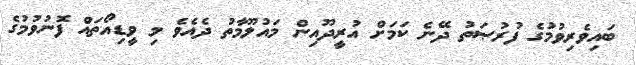
ބައިވެރިވުމުގެ ފުރުޞަތު ދޭނެ ކަމަށް އުރީދޫއިން މައުލޫމާތު ދެއެވެ މި ވީޑިއޯތައް ފޮނުވުމުގެ